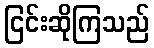
ငြင်းဆိုကြသည်